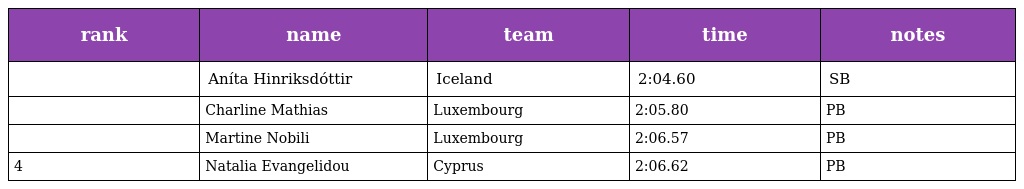
| rank | name | team | time | notes |
 | --- | --- | --- | --- | --- |
 |  | Aníta Hinriksdóttir | Iceland | 2:04.60 | SB |
 |  | Charline Mathias | Luxembourg | 2:05.80 | PB |
 |  | Martine Nobili | Luxembourg | 2:06.57 | PB |
 | 4 | Natalia Evangelidou | Cyprus | 2:06.62 | PB |